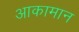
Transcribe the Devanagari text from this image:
आकामान